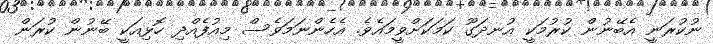
ނުކުރަނީ އެބޭނުން ކުރުމަކީ އުނދަގޫ ކަމަކަށްވީމައެވެ. އެހެންނަމަވެސް މިއުފެއްދި ހޮޅިއަކީ ބޭނުން ކުރަން